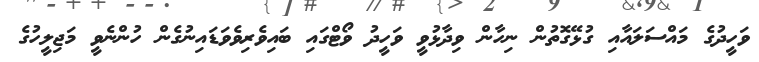
ވަހީދުގެ މައްސަލައާއި ގުޅޭގޮތުން ނިހާން ވިދާޅުވީ ވަހީދު ވޯޓްގައި ބައިވެރިވެވަޑައިނުގެން ހުންނެވީ މަޖިލީހުގެ